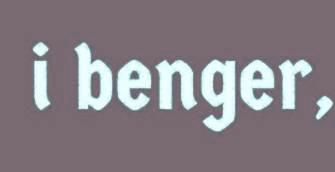
i benger,